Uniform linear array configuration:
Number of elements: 12
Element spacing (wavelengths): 0.25
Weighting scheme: uniform
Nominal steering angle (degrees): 30
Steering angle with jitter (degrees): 29.84
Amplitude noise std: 0.05
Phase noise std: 0.05

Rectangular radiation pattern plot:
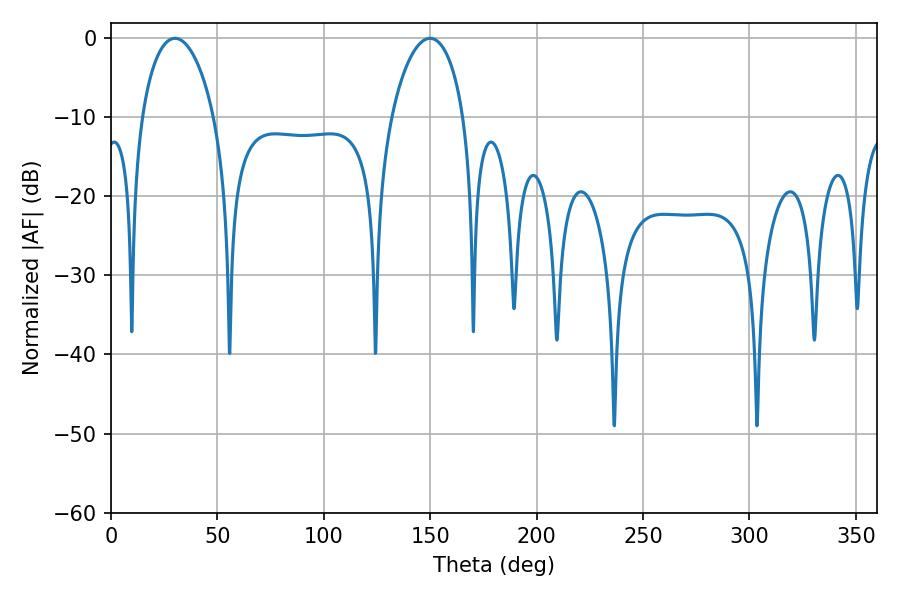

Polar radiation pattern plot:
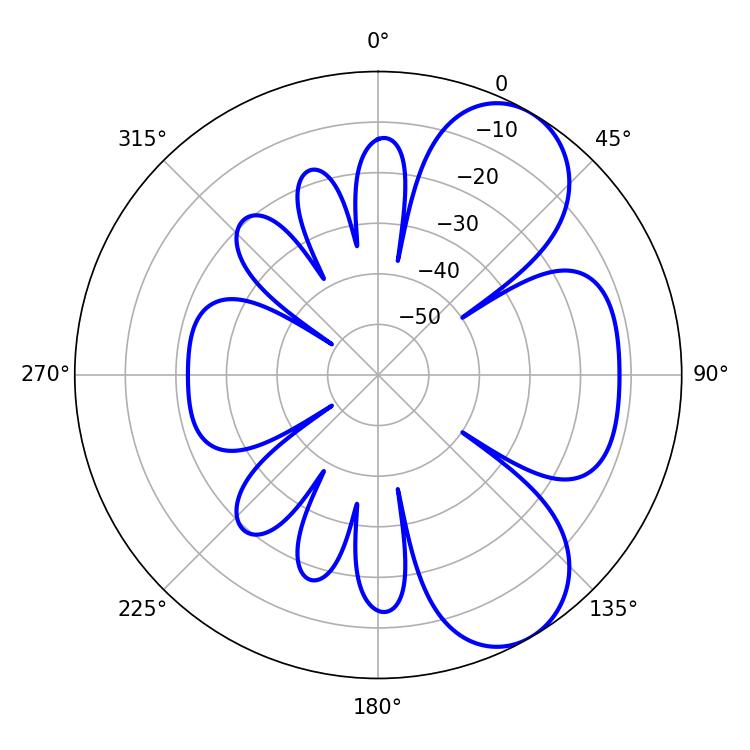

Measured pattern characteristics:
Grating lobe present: FALSE
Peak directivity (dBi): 6.982
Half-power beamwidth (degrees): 19.44
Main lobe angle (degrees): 30.06